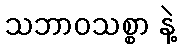
သဘာဝသစ္စာ နဲ့